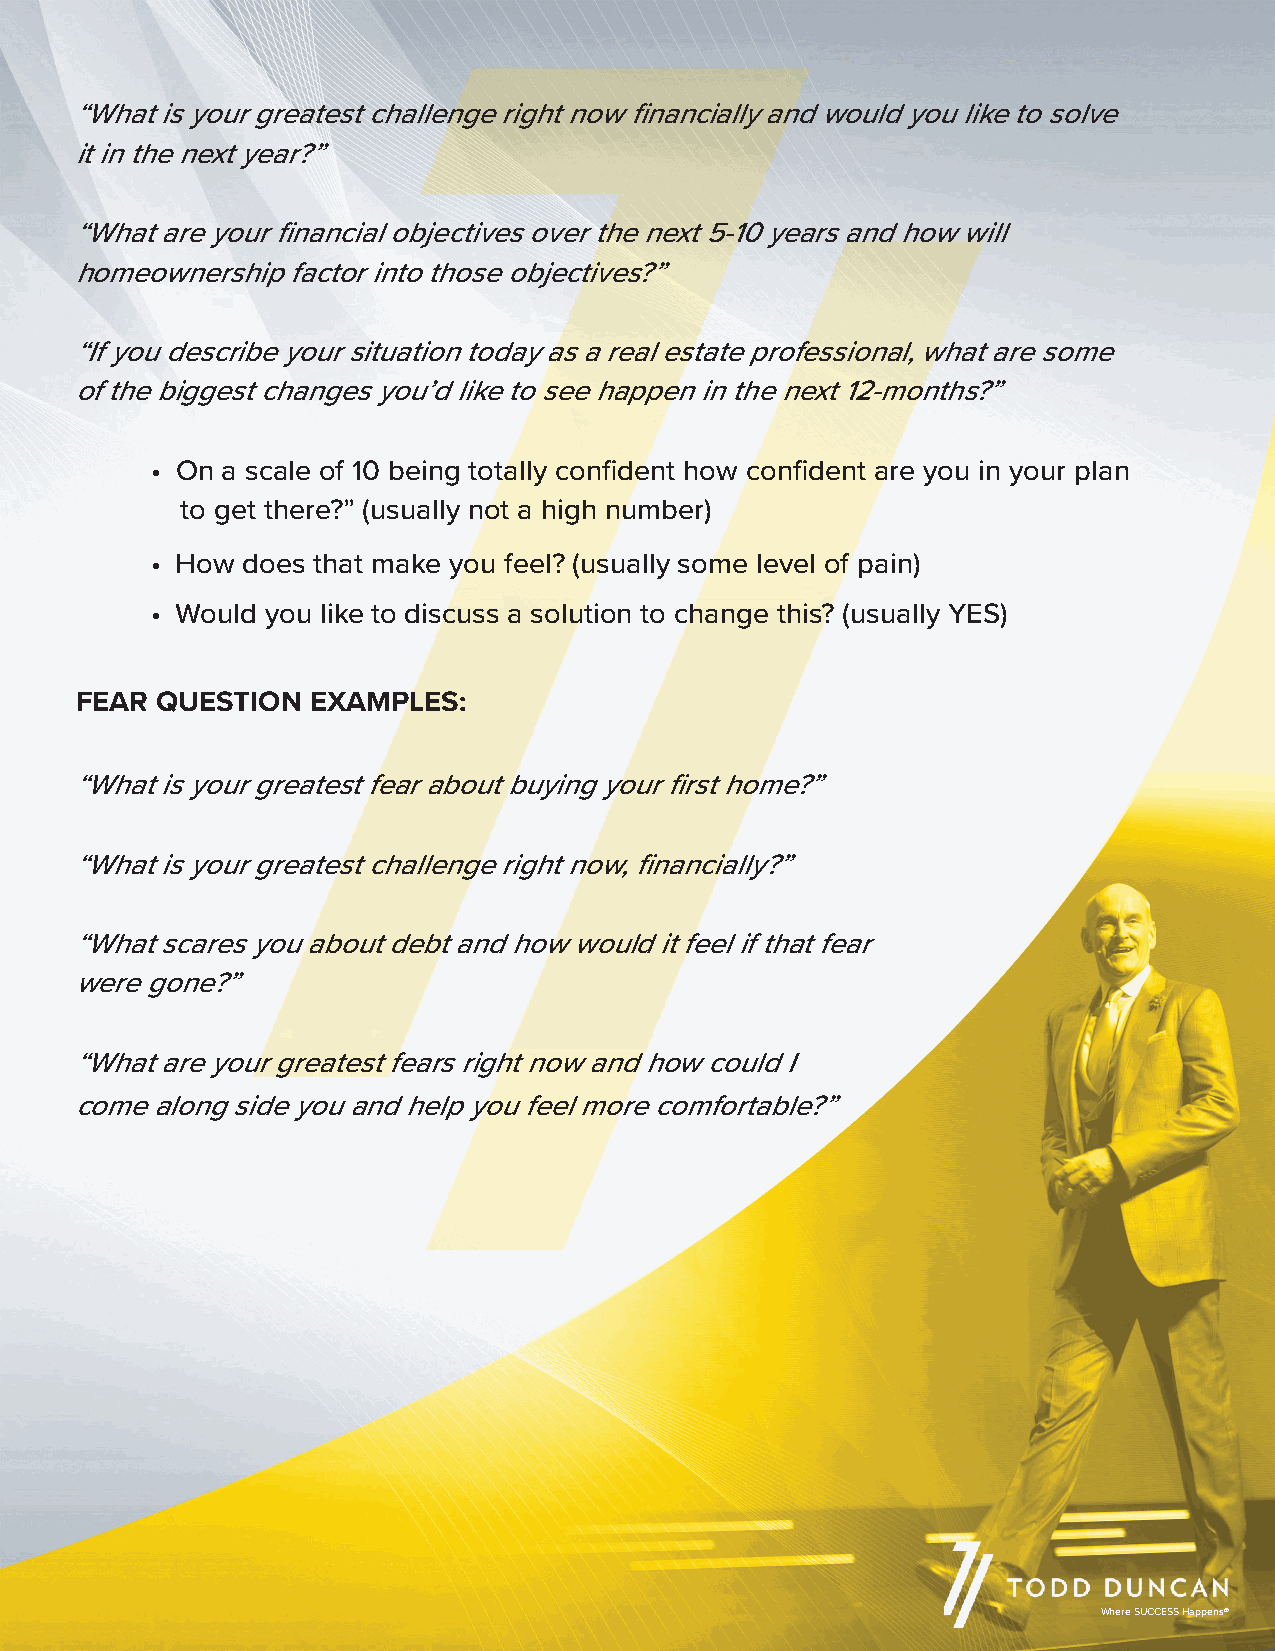
“What is your greatest challenge right now financially and would you like to solve
 it in the next year?”
 “What are your financial objectives over the next 5-10 years and how will
 homeownership factor into those objectives?”
 “If you describe your situation today as a real estate professional, what are some
 of the biggest changes you’d like to see happen in the next 12-months?”
 • On a scale of 10 being totally confident how confident are you in your plan
 to get there?” (usually not a high number)
 • How does that make you feel? (usually some level of pain)
 • Would you like to discuss a solution to change this? (usually YES)
 FEAR QUESTION  EXAMPLES:
 “What is your greatest fear about buying your first home?”
 “What is your greatest challenge right now, financially?”
 “What scares you about debt and how would it feel if that fear
 were gone?”
 “What are your greatest fears right now and how could I
 come along side you and help you feel more comfortable?”
 Where SUCCESS Happens®